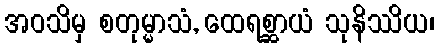
အဝသိမှ စတုမ္မာသံ, ထေရစ္ဆာယံ သုနိဿိယ၊